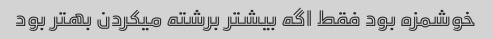
خوشمزه بود فقط اگه بیشتر برشته میکردن بهتر بود